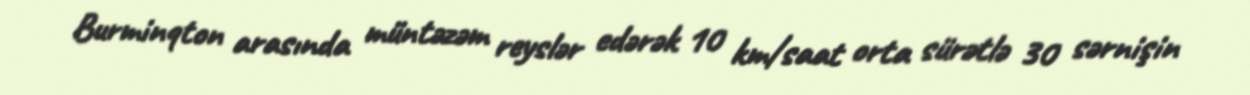
Burminqton arasında müntəzəm reyslər edərək 10 km/saat orta sürətlə 30 sərnişin